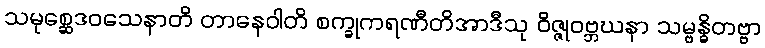
သမုစ္ဆေဒဝသေနာတိ တာနေဝါတိ စက္ခုကရဏီတိအာဒီသု ဝိဇ္ဇုဝဗ္ဘဃနာ သမ္ဗန္ဓိတဗ္ဗာ